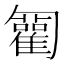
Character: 𠤍